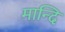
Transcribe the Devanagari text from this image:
मान्दि